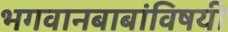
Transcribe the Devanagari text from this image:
भगवानबाबांविषयी